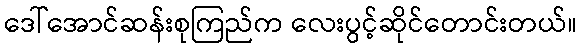
ဒေါ်အောင်ဆန်းစုကြည်က လေးပွင့်ဆိုင်တောင်းတယ်။